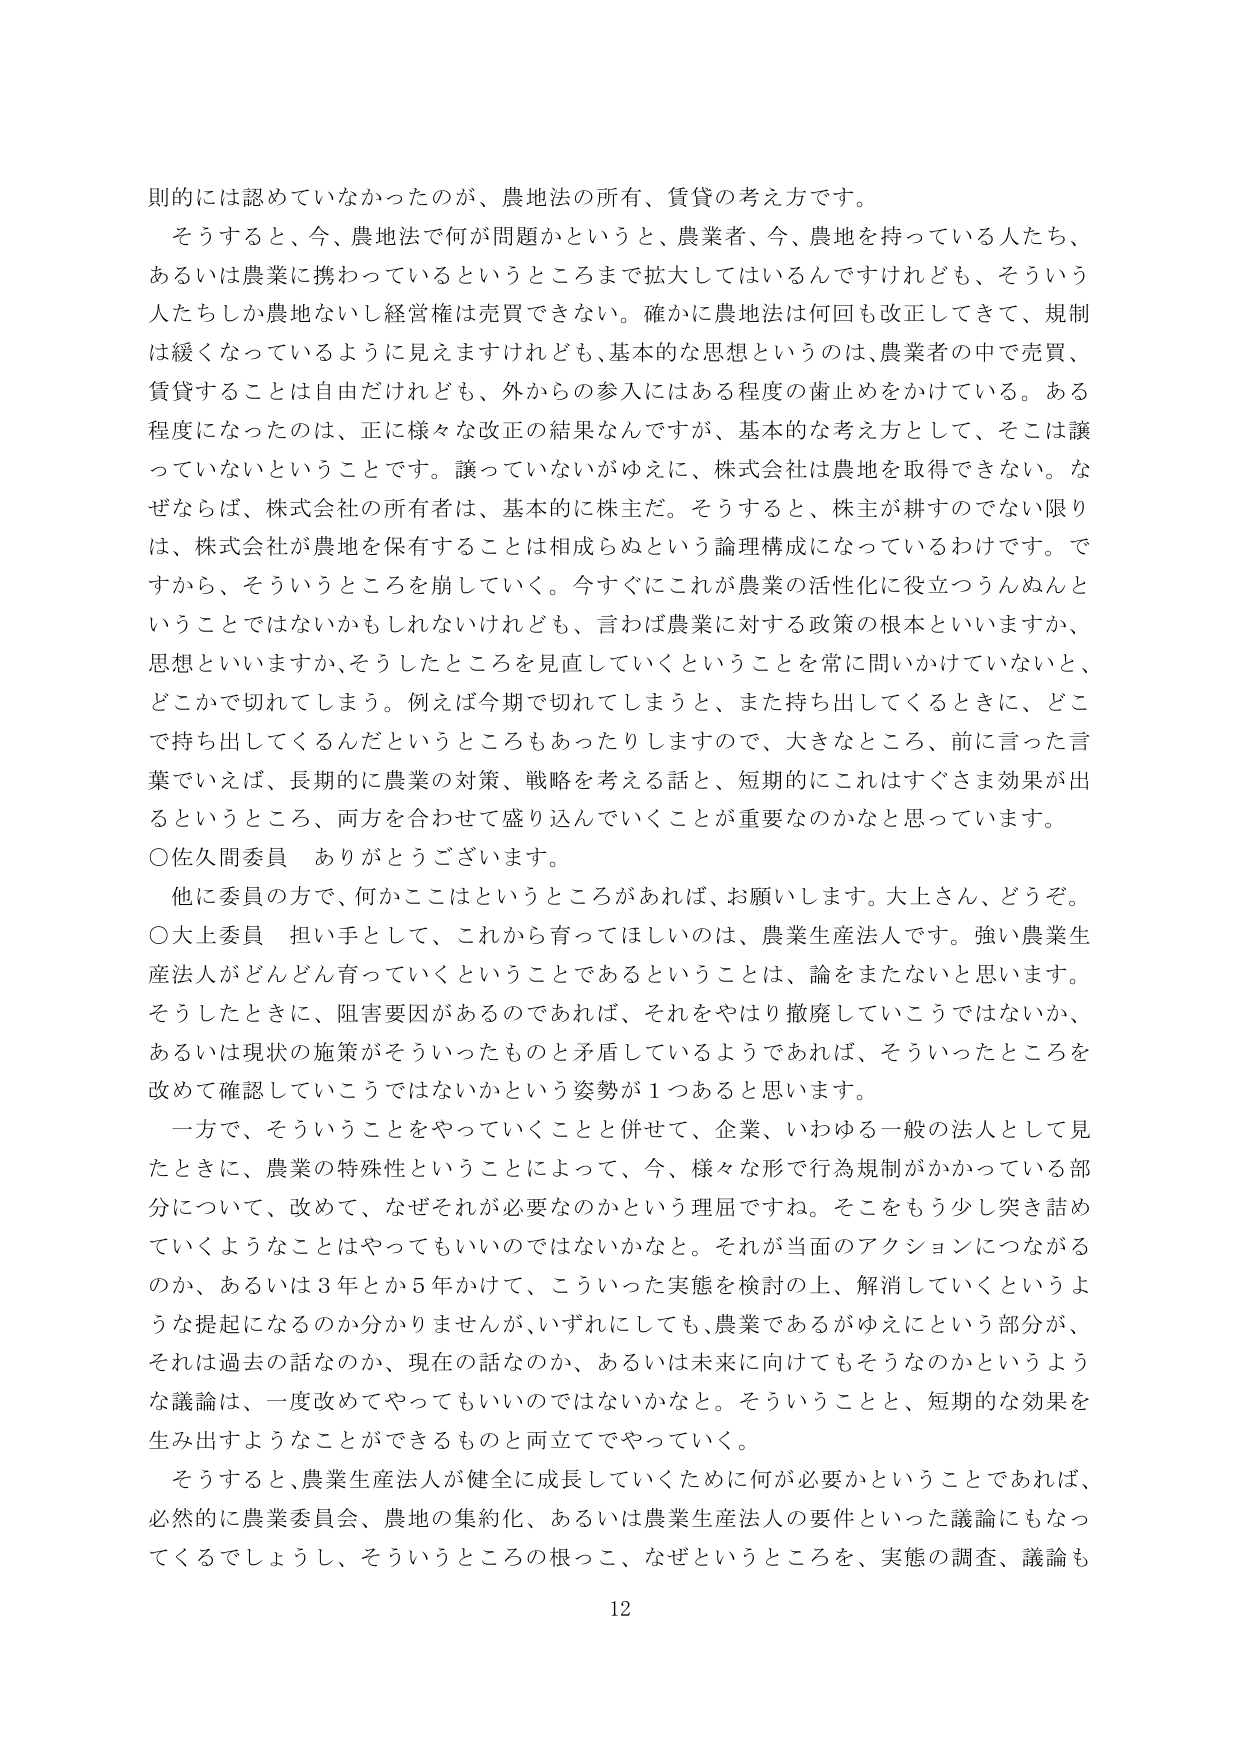
則的には認めていなかったのが、農地法の所有、賃貸の考え方です。
そうすると、今、農地法で何が問題かというと、農業者、今、農地を持っている人たち、
あるいは農業に携わっているというところまで拡大してはいるんですけれども、そういう
人たちしか農地ないし経営権は売買できない。確かに農地法は何回も改正してきて、規制
は緩くなっているように見えますけれども、基本的な思想というのは、農業者の中で売買、
賃貸することは自由だけれども、外からの参入にはある程度の歯止めをかけている。ある
程度になったのは、正に様々な改正の結果なんですが、基本的な考え方として、そこは譲
っていないということです。譲っていないがゆえに、株式会社は農地を取得できない。な
ぜならば、株式会社の所有者は、基本的に株主だ。そうすると、株主が耕すのでない限り
は、株式会社が農地を保有することは相成らぬという論理構成になっているわけです。で
すから、そういうところを崩していく。今すぐにこれが農業の活性化に役立つうんぬんと
いうことではないかもしれないけれども、言わば農業に対する政策の根本といいますか、
思想といいますか、そうしたところを見直していくということを常に問いかけていないと、
どこかで切れてしまう。例えば今期で切れてしまうと、また持ち出してくるときに、どこ
で持ち出してくるんだというところもあったりしますので、大きなところ、前に言った言
葉でいえば、長期的に農業の対策、戦略を考える話と、短期的にこれはすぐさま効果が出
るというところ、両方を合わせて盛り込んでいくことが重要なのかなと思っています。
○佐久間委員　ありがとうございます。
他に委員の方で、何かここはというところがあれば、お願いします。大上さん、どうぞ。
○大上委員　担い手として、これから育ってほしいのは、農業生産法人です。強い農業生
産法人がどんどん育っていくということであるということは、論をまたないと思います。
そうしたときに、阻害要因があるのであれば、それをやはり撤廃していこうではないか、
あるいは現状の施策がそういったものと矛盾しているようであれば、そういったところを
改めて確認していこうではないかという姿勢が１つあると思います。
一方で、そういうことをやっていくことと併せて、企業、いわゆる一般の法人として見
たときに、農業の特殊性ということによって、今、様々な形で行為規制がかかっている部
分について、改めて、なぜそれが必要なのかという理屈ですね。そこをもう少し突き詰め
ていくようなことはやってもいいのではないかなと。それが当面のアクションにつながる
のか、あるいは３年とか５年かけて、こういった実態を検討の上、解消していくというよ
うな提起になるのか分かりませんが、いずれにしても、農業であるがゆえにという部分が、
それは過去の話なのか、現在の話なのか、あるいは未来に向けてもそうなのかというよう
な議論は、一度改めてやってもいいのではないかなと。そういうことと、短期的な効果を
生み出すようなことができるものと両立でやっていく。
そうすると、農業生産法人が健全に成長していくために何が必要かということであれば、
必然的に農業委員会、農地の集約化、あるいは農業生産法人の要件といった議論にもなっ
てくるでしょうし、そういうところの根っこ、なぜというところを、実態の調査、議論も
12